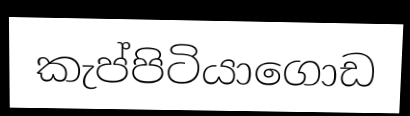
කැප්පිටියාගොඩ